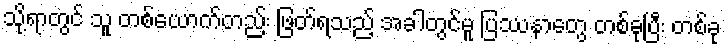
သို့ရာတွင် သူ တစ်ယောက်တည်း ဖြတ်ရသည့် အခါတွင်မူ ပြဿနာတွေ တစ်ခုပြီး တစ်ခု